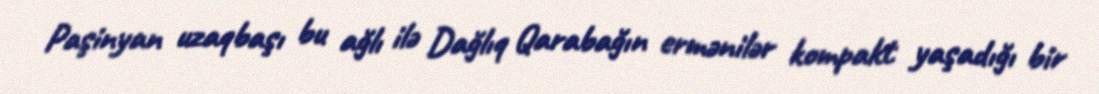
Paşinyan uzaqbaşı bu ağlı ilə Dağlıq Qarabağın ermənilər kompakt yaşadığı bir